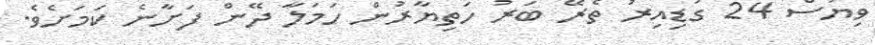
ވިޔަސް 24 ގަޑިއިރު ތެރޭ ބަރު ހަތިޔާރުން ހަމަލާ ދޭން ފަށާނެ ކަމަށެވެ.